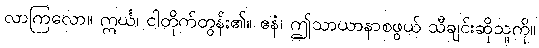
လာကြလော။ ဣင်္ဃ၊ ငါတိုက်တွန်း၏။ ဧနံ၊ ဤသာယာနာစဖွယ် သီချင်းဆိုသူကို။